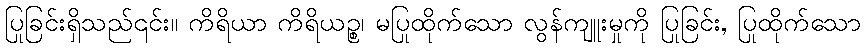
ပြုခြင်းရှိသည်၎င်း။ ကိရိယာ ကိရိယဉ္စ၊ မပြုထိုက်သော လွန်ကျူးမှုကို ပြုခြင်း, ပြုထိုက်သော